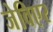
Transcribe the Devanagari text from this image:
जेविएर